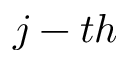
j - t h